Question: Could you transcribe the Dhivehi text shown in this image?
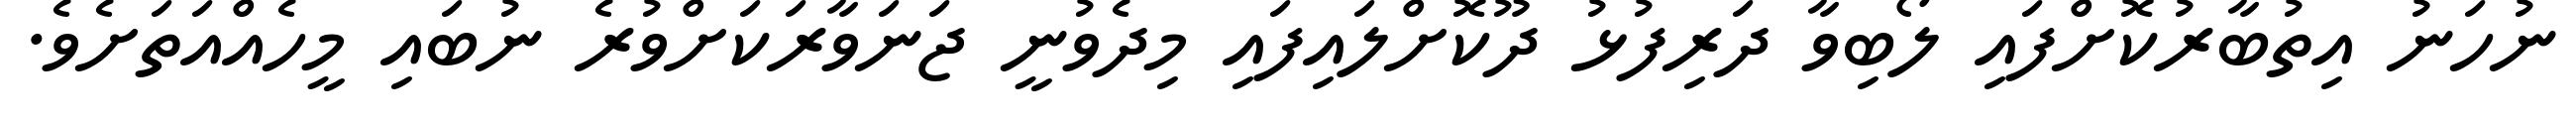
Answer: ނުހަނު އިތުބާރުކޮށްފައި ލޯބިވާ ދަރިފުޅު ދޫކޮށްލައިފައި މިދެވުނީ ޖަނަވާރަކަށްވުރެ ނުބައި މީހެއްއަތަށެވެ.